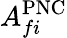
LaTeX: A_{fi}^{\mathrm{PNC}}